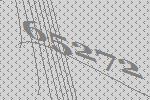
65272